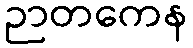
ဉာတကေန